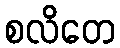
စလိတေ